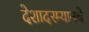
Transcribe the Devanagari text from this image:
देशादरम्यानचे